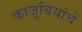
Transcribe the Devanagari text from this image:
काजूबियांचे